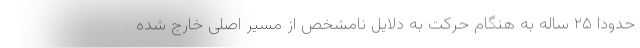
حدودا ٢۵ ساله به هنگام حرکت به دلایل نامشخص از مسیر اصلی خارج شده